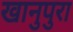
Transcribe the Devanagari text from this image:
खानुपुरा